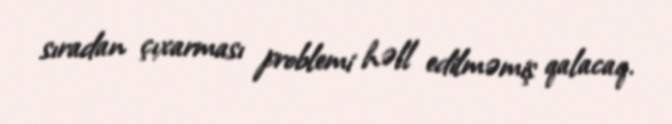
sıradan çıxarması problemi həll edilməmiş qalacaq.